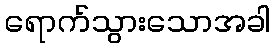
ရောက်သွားသောအခါ